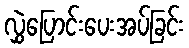
လွှဲပြောင်းပေးအပ်ခြင်း